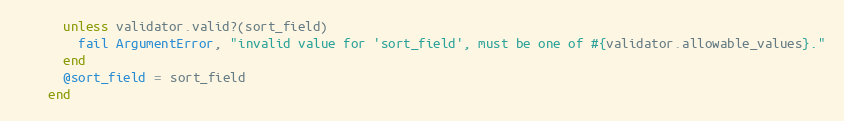
Language: Ruby
      unless validator.valid?(sort_field)
        fail ArgumentError, "invalid value for 'sort_field', must be one of #{validator.allowable_values}."
      end
      @sort_field = sort_field
    end